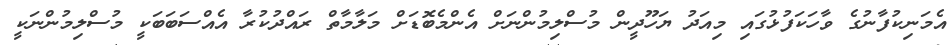
އެމަނިކުފާނުގެ ވާހަކަފުޅުގައި މިއަދު ޔަހޫދީން މުސްލިމުންނަށް އެންމެބޮޑަށް މަލާމާތް ރައްދުކުރާ އެއްސަބަބަކީ މުސްލިމުންނަކީ